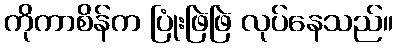
ကိုကာစိန်က ပြုံးဖြဲဖြဲ လုပ်နေသည်။